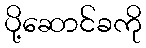
ပို့ဆောင်ခကို